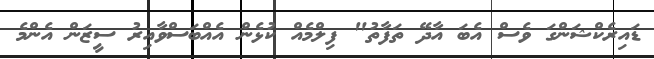
ޑައިރެކްޝަންގަ ވެސް އެބަ އާދޭ ތަފާތު" ފިލްމެއް ކުޅެން އެއްބަސްވާއިރު ސީޒަން އެންމެ